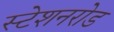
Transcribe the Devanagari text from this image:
स्टेशनरोड